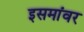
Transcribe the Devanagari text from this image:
इसमांवर